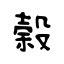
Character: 榖